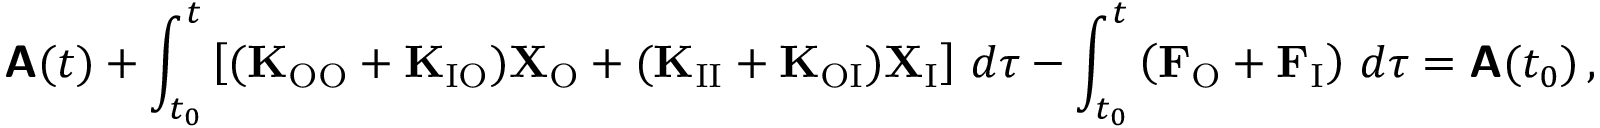
\boldsymbol { \mathsf { A } } ( t ) + \int _ { t _ { 0 } } ^ { t } \left[ ( \mathbf { K } _ { \mathrm { O O } } + \mathbf { K } _ { \mathrm { I O } } ) \mathbf { X } _ { \mathrm { O } } + ( \mathbf { K } _ { \mathrm { I I } } + \mathbf { K } _ { \mathrm { O I } } ) \mathbf { X } _ { \mathrm { I } } \right] \, d \tau - \int _ { t _ { 0 } } ^ { t } \left( \mathbf { F } _ { \mathrm { O } } + \mathbf { F } _ { \mathrm { I } } \right) \, d \tau = \boldsymbol { \mathsf { A } } ( t _ { 0 } ) \, ,